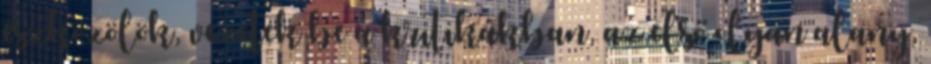
eszközölök, vezetek be a kritikákban, az első olyan alany,